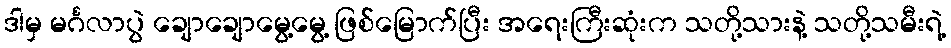
ဒါမှ မင်္ဂလာပွဲ ချောချောမွေ့မွေ့ ဖြစ်မြောက်ပြီး အရေးကြီးဆုံးက သတို့သားနဲ့ သတို့သမီးရဲ့